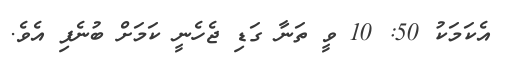
އެކަމަކު 50: 10 ވީ ތަނާ ގަޑި ޖެހެނީ ކަމަށް ބުނެފި އެވެ.